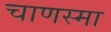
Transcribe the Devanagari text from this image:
चाणस्मा